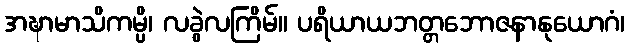
အဍ္ဎာမာသိကမ္ပိ၊ လခွဲလကြိမ်။ ပရိယာယဘတ္တဘောဇနာနုယောဂံ၊